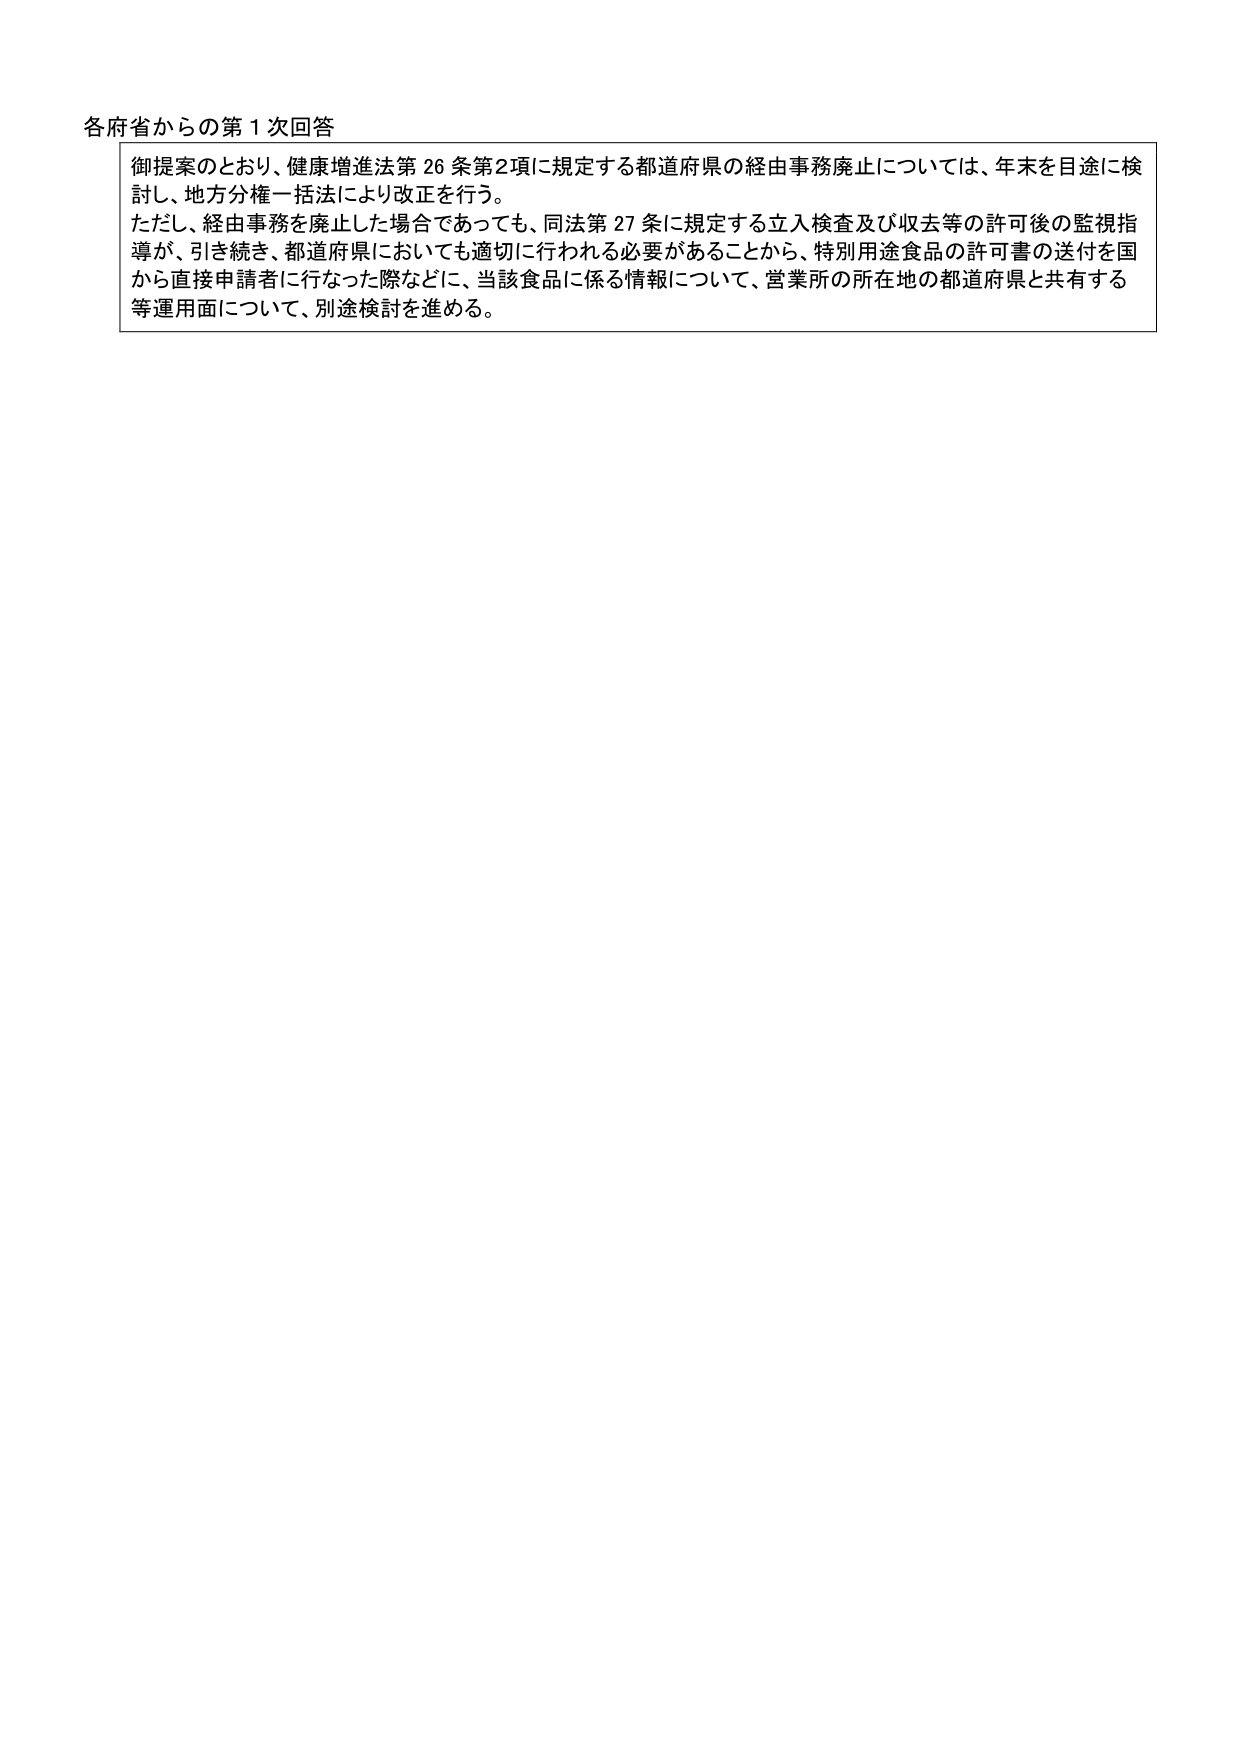
各府省からの第１次回答

御提案のとおり、健康増進法第26条第2項に規定する都道府県の経由事務廃止については、年末を目途に検討し、地方分権一括法により改正を行う。

ただし、経由事務を廃止した場合であっても、同法第27条に規定する立入検査及び収去等の許可後の監視指導が、引き続き、都道府県においても適切に行われる必要があることから、特別用途食品の許可書の送付を国から直接申請者に行なった際などに、当該食品に係る情報について、営業所の所在地の都道府県と共有する等運用面について、別途検討を進める。